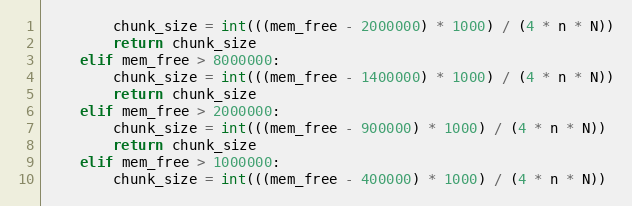
Language: Python
        chunk_size = int(((mem_free - 2000000) * 1000) / (4 * n * N))
        return chunk_size
    elif mem_free > 8000000:
        chunk_size = int(((mem_free - 1400000) * 1000) / (4 * n * N))
        return chunk_size
    elif mem_free > 2000000:
        chunk_size = int(((mem_free - 900000) * 1000) / (4 * n * N))
        return chunk_size
    elif mem_free > 1000000:
        chunk_size = int(((mem_free - 400000) * 1000) / (4 * n * N))